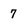
Character: 7